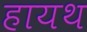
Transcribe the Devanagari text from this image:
हायथ